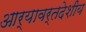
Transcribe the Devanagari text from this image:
आर्यावर्तदेशीय